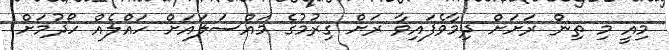
މިއީ މި ތިން ރަށަށް ދިމާވެފައިވާ ރަށް ގިރުމުގެ މައްސަލައަށް ހައްލެއް ހޯދުމަށް